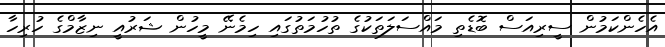
އެހެންކަމުން ސީރިއަސް ބޮޑެތި މައްސަލަތަކުގެ ތުހުމަތުގައި ހިމެނޭ މީހުން ޝަރުއީ ނިޒާމްގެ ހުރިހާ